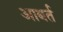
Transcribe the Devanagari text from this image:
आबर्त